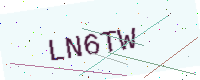
Text: LN6TW